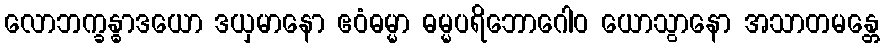
လောဘက္ခန္ဓာဒယော ဒယှမာနော ဧဝံဓမ္မာ ဓမ္မပရိဘောဂေါဝ ယောသွာနော အသာတမန္တေ